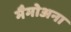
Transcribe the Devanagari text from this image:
मैमोअना